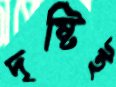
দৃষ্টিই